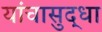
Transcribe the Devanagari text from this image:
यांचासुद्धा